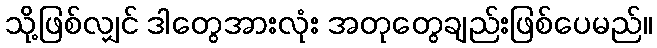
သို့ဖြစ်လျှင် ဒါတွေအားလုံး အတုတွေချည်းဖြစ်ပေမည်။